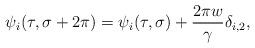
LaTeX: \begin{align*}\psi_i(\tau,\sigma+2\pi)=\psi_i(\tau,\sigma)+\frac{2\pi w}{\gamma} \delta_{i,2},\end{align*}